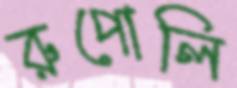
রুপোলি